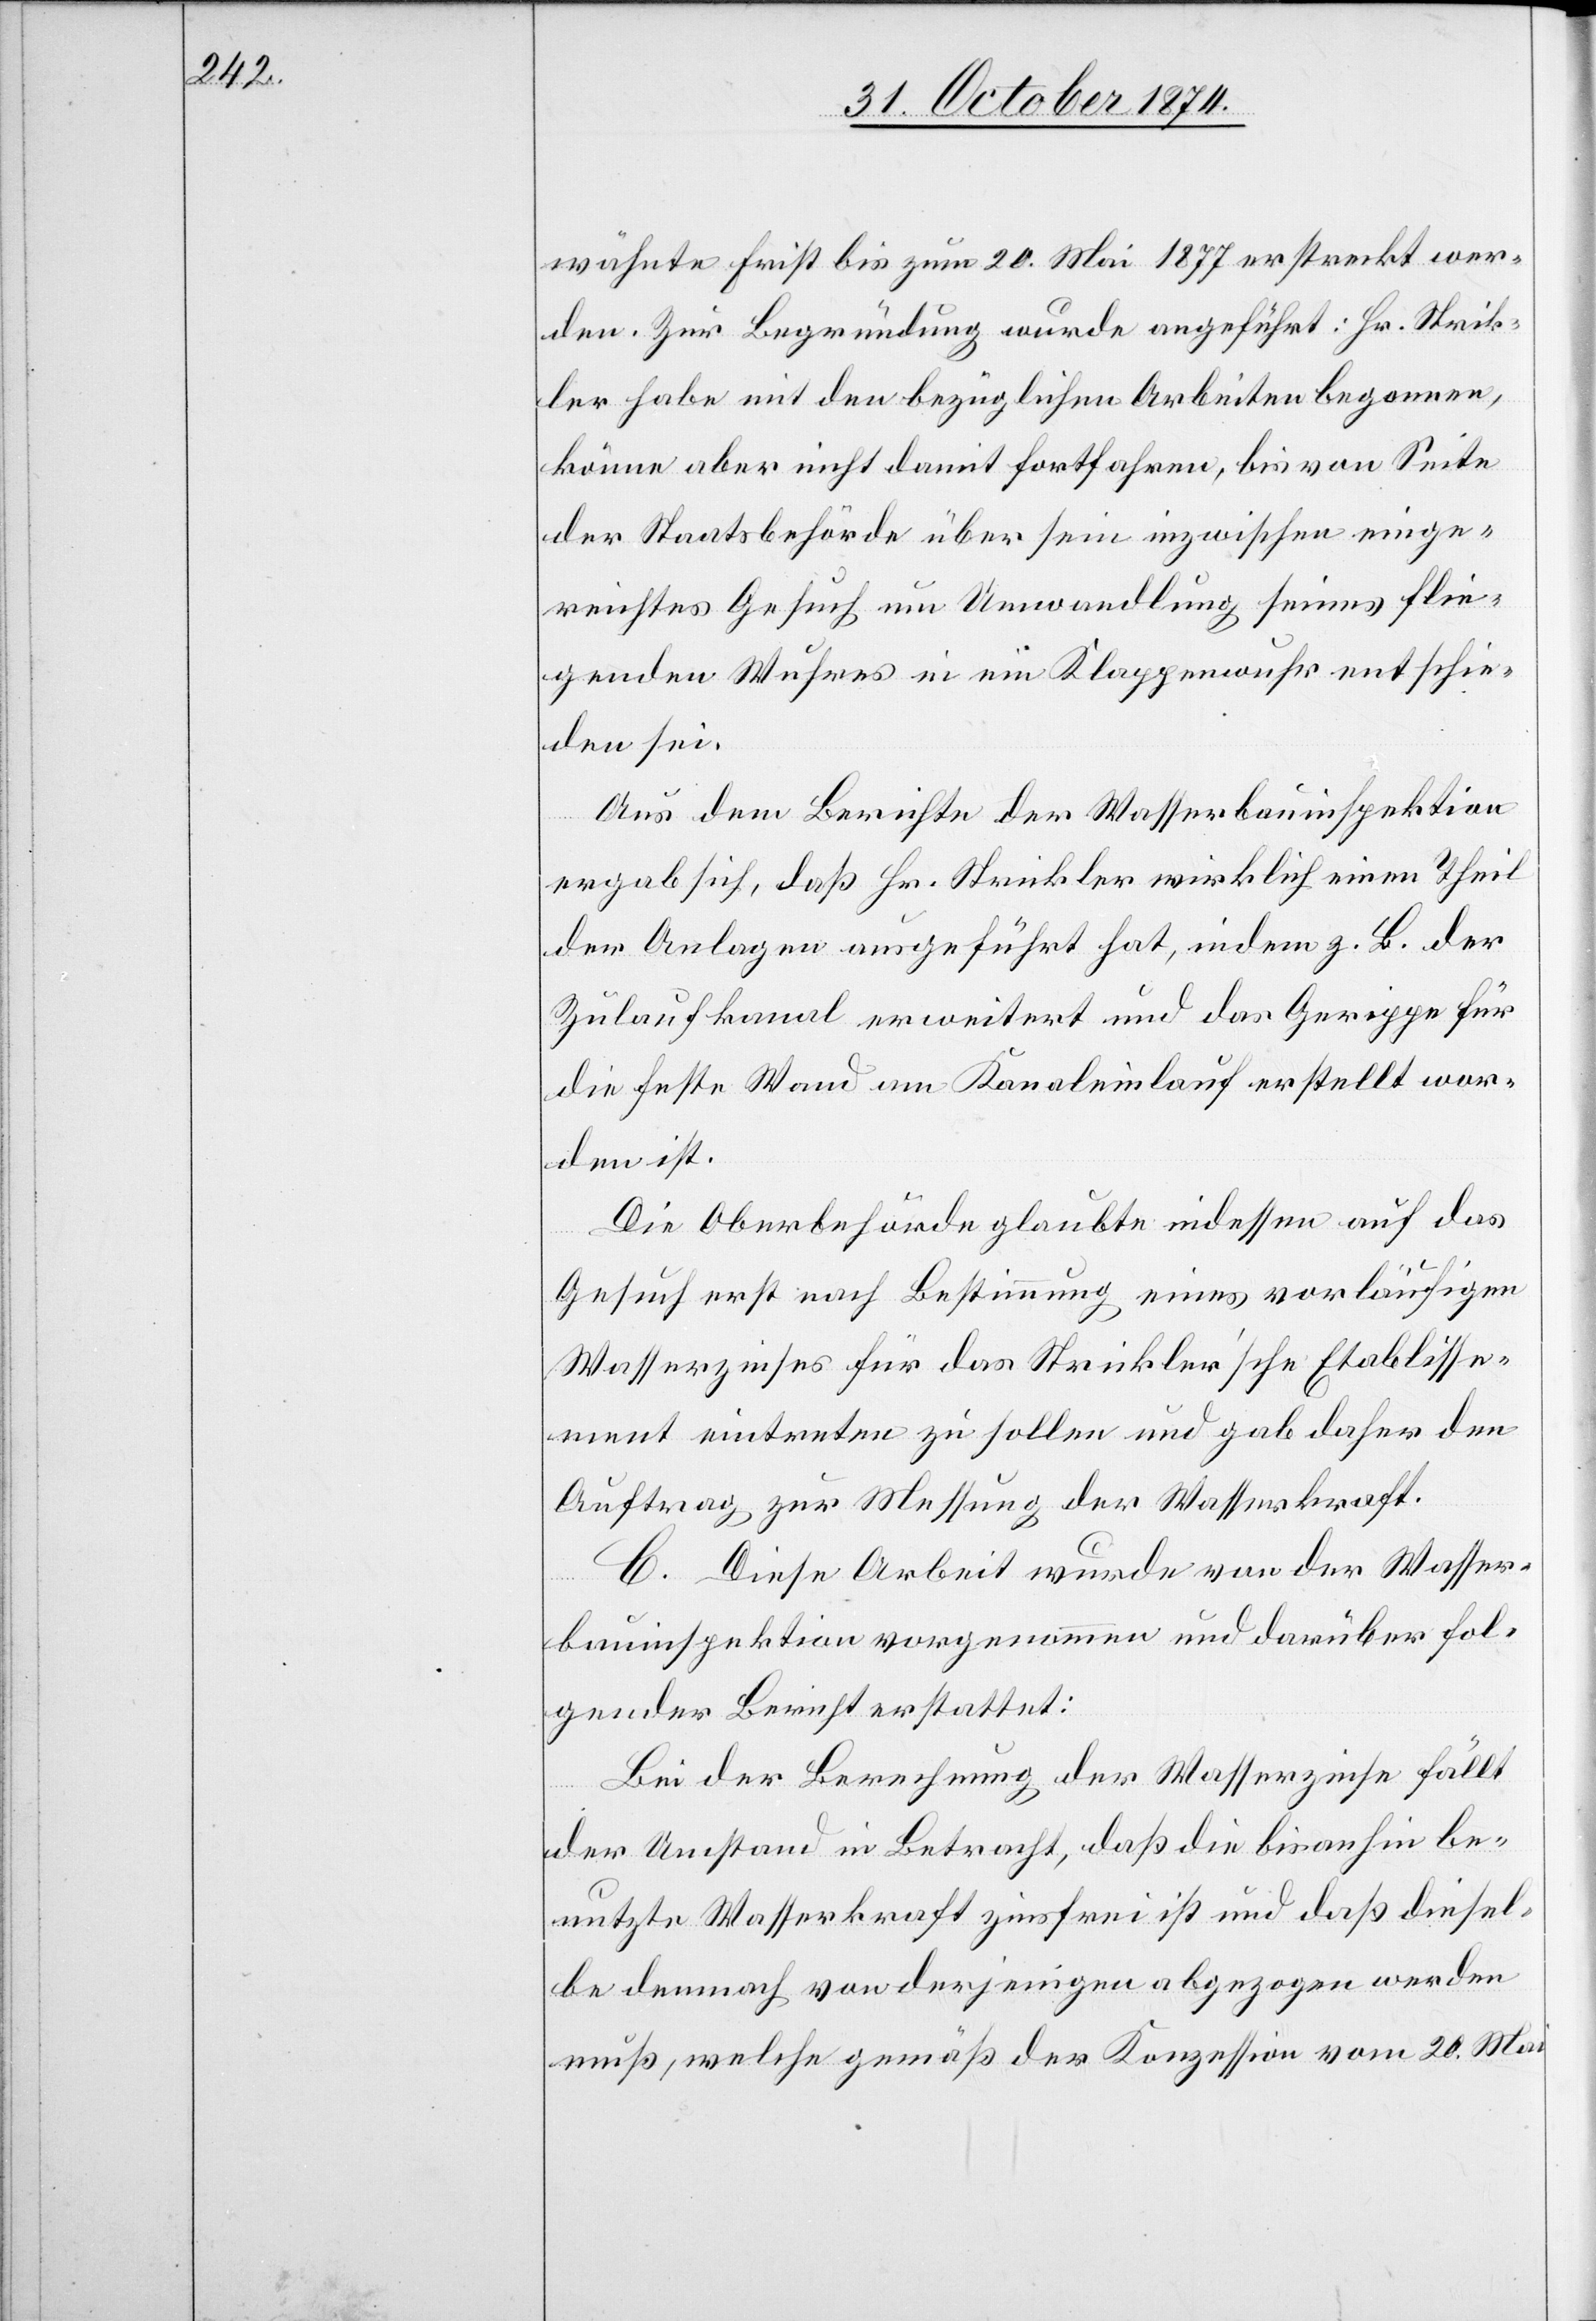
wähnte Frist bis zum 20. Mai 1877 erstreckt wer¬
den. Zur Begründung wurde angeführt: Hr. Strick¬
ler habe mit den bezüglichen Arbeiten begonnen,
könne aber nicht damit fortfahren, bis von Seite
der Staatsbehörde über sein inzwischen einge¬
reichtes Gesuch um Umwandlung seines flie¬
genden Wuhres in ein Klappenwuhr entschie¬
den sei.
Aus dem Berichte der Wasserbauinspektion
ergab sich, daß Hr. Strickler wirklich einen Theil
der Anlagen ausgeführt hat, indem z. B. der
Zulaufkanal erweitert und das Gerippe für
die feste Wand am Kanaleinlauf erstellt wor¬
den ist.
Die Oberbehörde glaubte indessen auf das
Gesuch erst nach Bestimmung eines vorläufigen
Wasserzinses für das Strickler’sche Etablisse¬
ment eintreten zu sollen und gab daher den
Auftrag zur Messung der Wasserkraft.
C. Diese Arbeit wurde von der Wasser¬
bauinspektion vorgenommen und darüber fol¬
gender Bericht erstattet:
Bei der Berechnung der Wasserzinse fällt
der Umstand in Betracht, daß die bisanhin be¬
nutzte Wasserkraft zinsfrei ist und daß diesel¬
be demnach von derjenigen abgezogen werden
muß, welche gemäß der Konzession vom 20. Mai